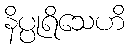
နိပ္ပုရိသေဟိ